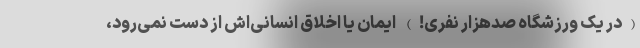
(در یک ورزشگاه صدهزار نفری!) ایمان یا اخلاق انسانی‌اش از دست نمی‌رود،